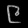
Digit: ၉